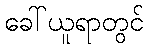
ခေါ်ယူရာတွင်